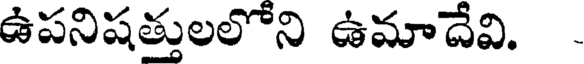
ఉపనిషత్తులలోని ఉమాదేవి.